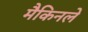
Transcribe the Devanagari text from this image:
मैकिनले